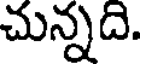
చున్నది.